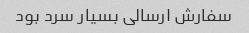
سفارش ارسالی بسیار سرد بود